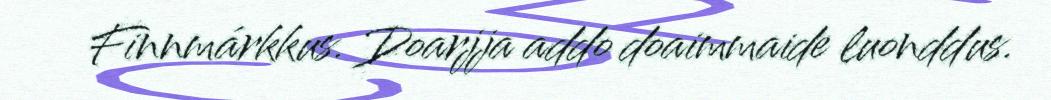
Finnmárkkus. Doarjja addo doaimmaide luonddus.